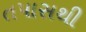
તપાસથી